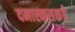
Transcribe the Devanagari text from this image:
दमास्कसकडे